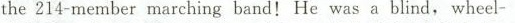
the 214-member marching band! He was a blind,wheel